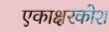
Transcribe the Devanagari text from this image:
एकाक्षरकोश